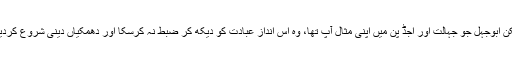
لیکن ابوجہل جو جہالت اور اجڈ پن میں اپنی مثال آپ تھا، وہ اس انداز عبادت کو دیکھ کر ضبط نہ کرسکا اور دھمکیاں دینی شروع کردیں۔